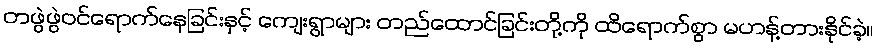
တဖွဲဖွဲဝင်ရောက်နေခြင်းနှင့် ကျေးရွာများ တည်ထောင်ခြင်းတို့ကို ထိရောက်စွာ မဟန့်တားနိုင်ခဲ့။